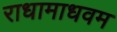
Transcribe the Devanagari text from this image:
राधामाधवम